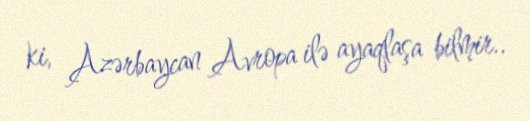
ki, Azərbaycan Avropa ilə ayaqlaşa bilmir..